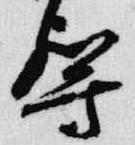
導